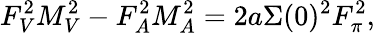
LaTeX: F_{V}^{2}M_{V}^{2}-F_{A}^{2}M_{A}^{2}=2a\Sigma(0)^{2}F_{\pi}^{2},